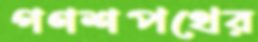
গণশপথের